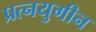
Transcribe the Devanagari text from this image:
प्रत्नयुगीन